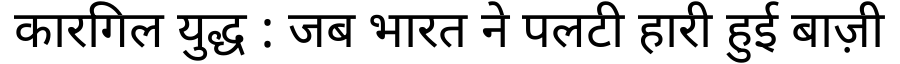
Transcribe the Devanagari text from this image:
कारगिल युद्ध : जब भारत ने पलटी हारी हुई बाज़ी